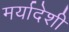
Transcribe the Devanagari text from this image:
मर्यादेशी